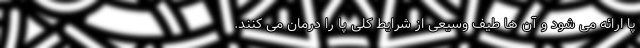
پا ارائه می شود و آن ها طیف وسیعی از شرایط کلی پا را درمان می کنند.